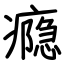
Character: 瘾